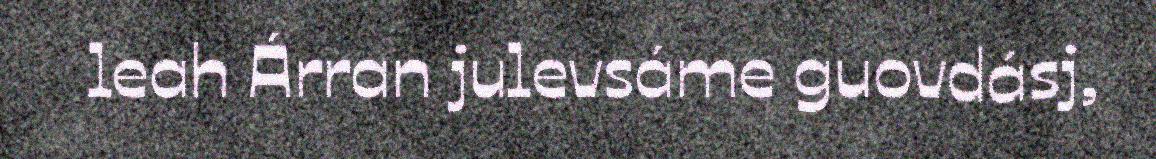
leah Árran julevsáme guovdásj,